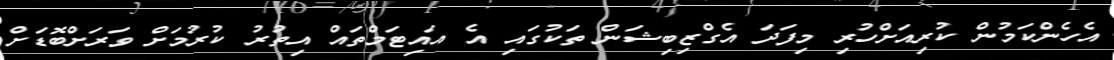
އެހެންކަމުން ކުރިއަށްހުރި މިފަދަ އެގްޒިބިޝަން ތަކުގައި އެ އައިޓަމްތައް އިތުރު ކުރުމަށް ވަރަށްބޮޑަށް